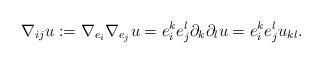
LaTeX: \begin{align*}\nabla_{ij} u:=\nabla_{e_i}\nabla_{e_j}u =e_i^ke_j^l\partial_{k}\partial_l u = e_i^k e_j^l u_{kl}.\end{align*}